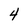
Character: 4